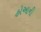
હોઆની